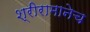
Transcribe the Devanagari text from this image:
श्रीरामानेच